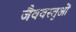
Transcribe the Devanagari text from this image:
जैववस्तुओं